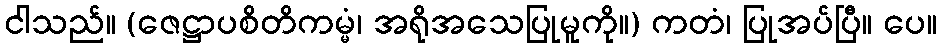
ငါသည်။ (ဇေဋ္ဌာပစိတိကမ္မံ၊ အရိုအသေပြုမူကို။) ကတံ၊ ပြုအပ်ပြီ။ ပေ။